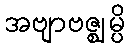
အဗျာဗဇ္ဈမ္ပိ